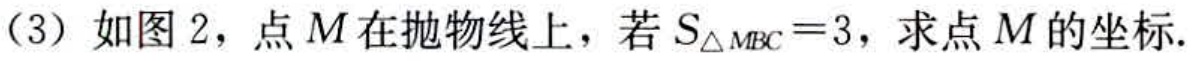
(3) 如图 2，点 \(M\) 在抛物线上，若 \(S_{\triangle MBC}=3\)，求点 \(M\) 的坐标.